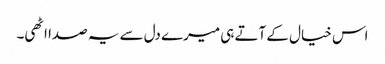
اس خیال کے آتے ہی میرے دل سے یہ صدا اٹھی۔